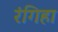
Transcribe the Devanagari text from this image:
रंगिहा